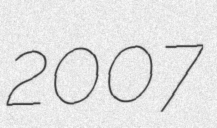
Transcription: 2007